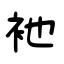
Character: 衪